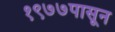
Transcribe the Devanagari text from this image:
१९७७पासून